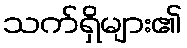
သက်ရှိများ၏